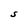
Character: S